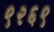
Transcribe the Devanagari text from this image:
९२६९